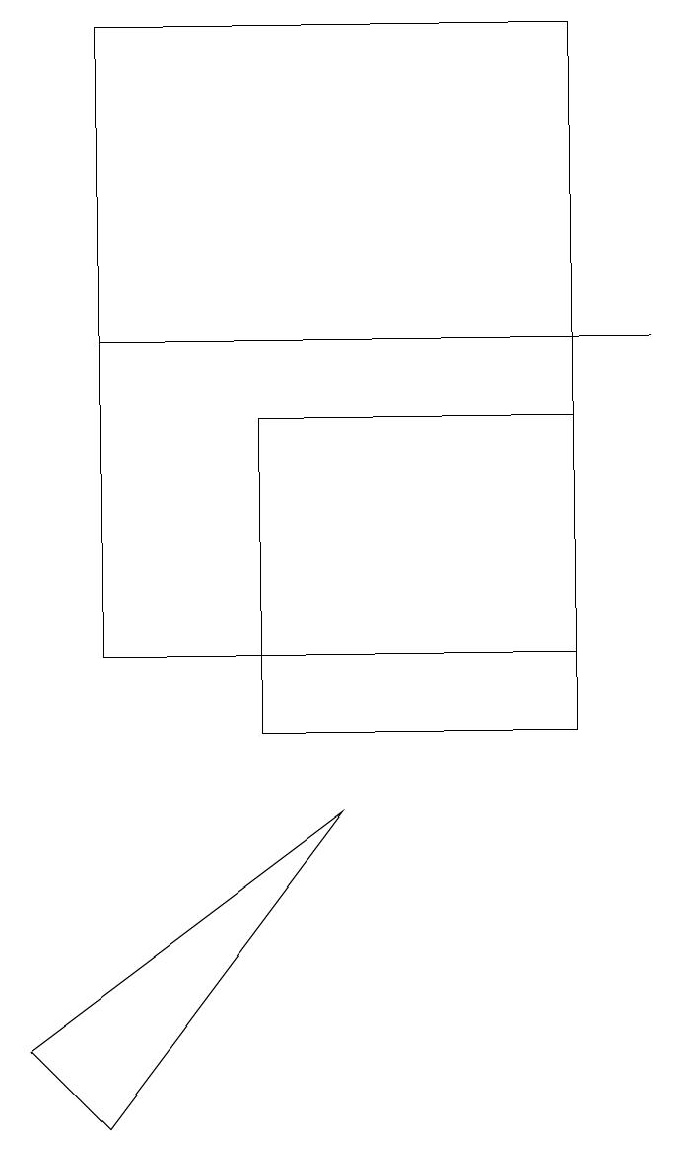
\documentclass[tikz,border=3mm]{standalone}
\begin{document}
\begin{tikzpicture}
\draw (8,11) rectangle (2,19);
\draw (5,9) -- (2,5) -- (1,6) -- cycle;
\draw (4,10) rectangle (8,14);
\draw (9,15) rectangle (2,15);
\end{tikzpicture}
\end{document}